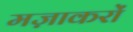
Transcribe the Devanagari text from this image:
मज़ाकरों